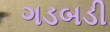
ગડબડી